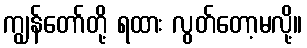
ကျွန်တော်တို့ ရထား လွတ်တော့မလို့။